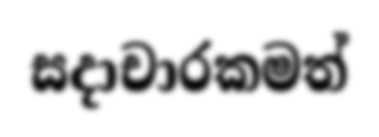
සදාචාරකමත්